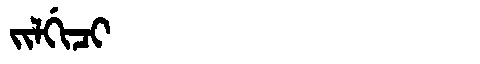
Manchu: ᠵᡳᠯᡤᡳᠴᡳ
Romanization: JILGICI